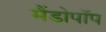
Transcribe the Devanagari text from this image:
मैंडोपॉप